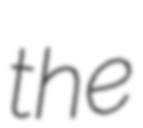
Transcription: the